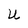
Character: U